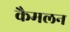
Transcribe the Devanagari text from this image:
कैमलन